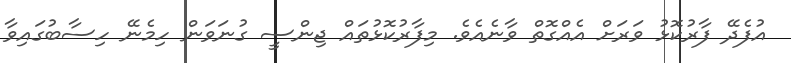
އުފެދޭ ފާރުކޮޅު ވަރަށް އެއްގޮތް ވާނެއެވެ. މިފާރުކޮޅުތައް ޖިންސީ ގުނަވަން ހިމެނޭ ހިސާބުގައިވާ